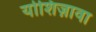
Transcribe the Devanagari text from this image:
योशिज़ावा